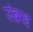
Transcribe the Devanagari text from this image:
उंब्ररद्द